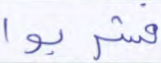
فشربوا